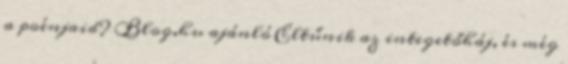
a poénjaid? Blog.hu ajánló Eltűnik az integetőháj, és még